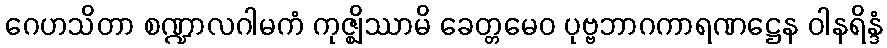
ဂေဟသိတာ စဏ္ဍာလဂါမကံ ကုဇ္ဈိဿာမိ ခေတ္တမေဝ ပုဗ္ဗဘာဂကာရဏဋ္ဌေန ဝါနရိန္ဒံ